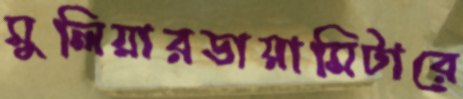
মুলিয়ারডায়ামিটারে